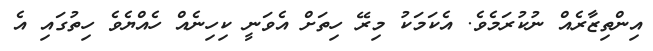
އިންތިޒާރެއް ނުކުރަމެވެ. އެކަމަކު މިރޭ ހިތަށް އެވަނީ ކިހިނެއް ހެއްޔެވެ ހިތުގައި އެ